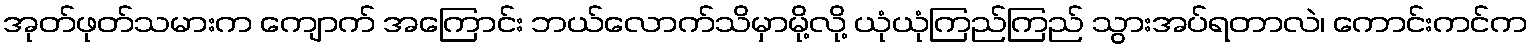
အုတ်ဖုတ်သမားက ကျောက် အကြောင်း ဘယ်လောက်သိမှာမို့လို့ ယုံယုံကြည်ကြည် သွားအပ်ရတာလဲ၊ ကောင်းကင်က